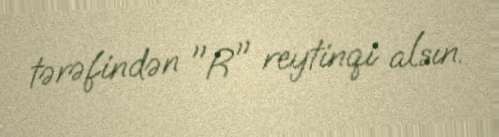
tərəfindən "R" reytinqi alsın.